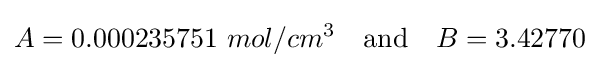
A=0.000235751\ mol/cm^{3}\quad {\text{and}}\quad B=3.42770